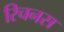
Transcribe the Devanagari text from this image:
रिचनस